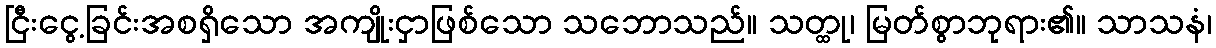
ငြီးငွေ့ခြင်းအစရှိသော အကျိုးငှာဖြစ်သော သဘောသည်။ သတ္ထု၊ မြတ်စွာဘုရား၏။ သာသနံ၊